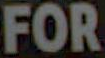
FOR